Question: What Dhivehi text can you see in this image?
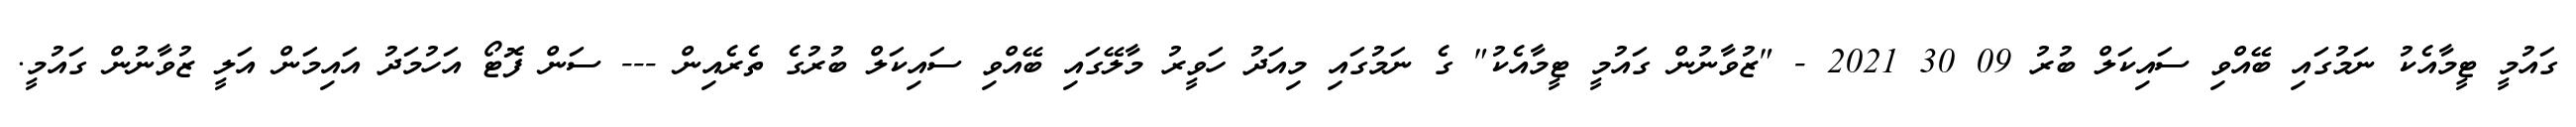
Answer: ގައުމީ ޓީމާއެކު ނަމުގައި ބޭއްވި ސައިކަލް ބުރު 09 30 2021 - "ޒުވާނުން ގައުމީ ޓީމާއެކު" ގެ ނަމުގައި މިއަދު ހަވީރު މާލޭގައި ބޭއްވި ސައިކަލް ބުރުގެ ތެރެއިން --- ސަން ފޮޓޯ އަހުމަދު އައިމަން އަލީ ޒުވާނުން ގައުމީ.